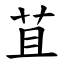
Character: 苴